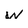
Character: w